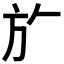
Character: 𭤨